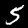
Label: 5